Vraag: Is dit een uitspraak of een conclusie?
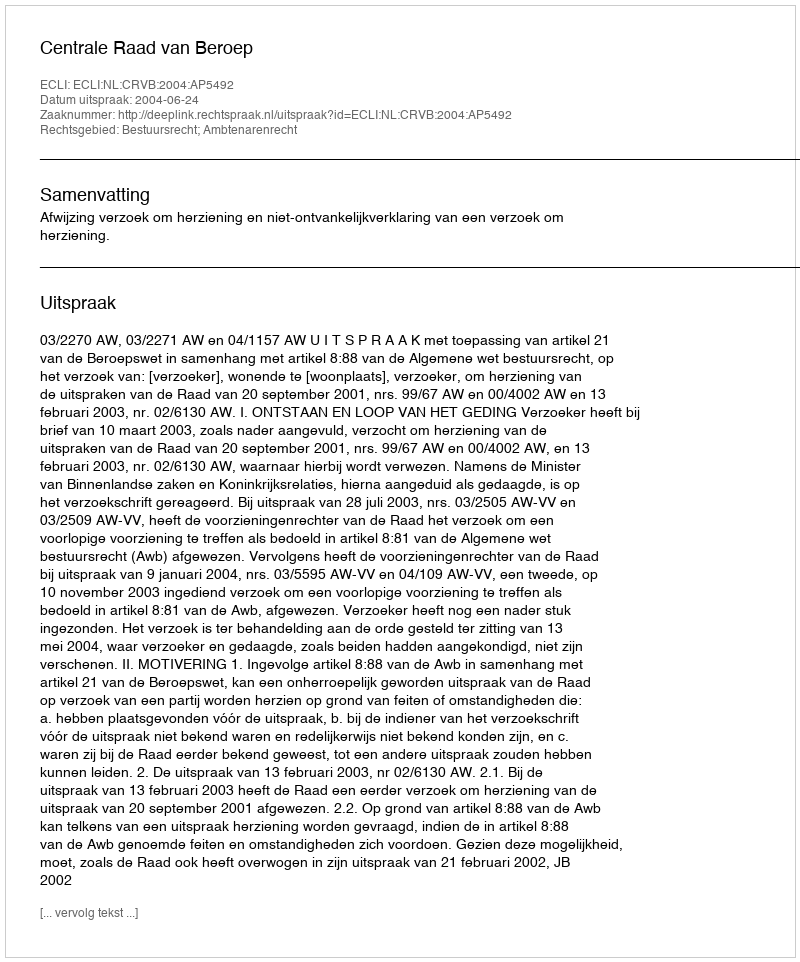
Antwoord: Uitspraak